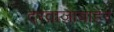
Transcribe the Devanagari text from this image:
दरवाजाबाहेर